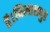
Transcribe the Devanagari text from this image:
है।बिलासपुर